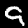
Digit: 9